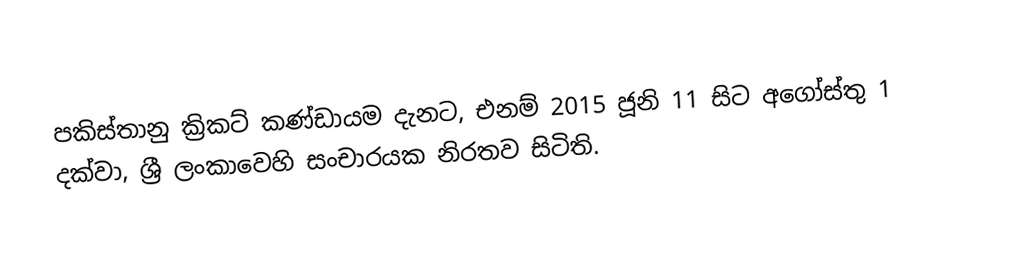
පකිස්තානු ක්‍රිකට් කණ්ඩායම දැනට,  එනම් 2015  ජූනි 11 සිට අගෝස්තු 1 දක්වා,   ශ්‍රී ලංකාවෙහි සංචාරයක නිරතව සිටිති.